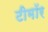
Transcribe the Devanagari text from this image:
टीमॉर